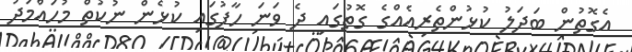
އެގޮތުން ބަދަލު ކުޅުންތެރިއެއްގެ ގޮތުގައި ދެ ވަނަ ހާފުގައި ކުޅެން ނުކުތް މުހައްމަދު